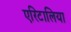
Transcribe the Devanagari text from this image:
एरिटालिया